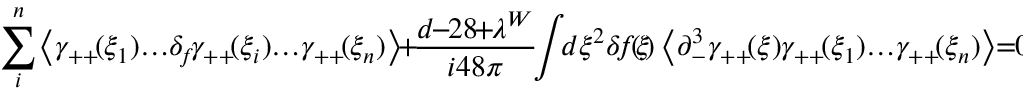
\sum _ { i } ^ { n } \! \left< \gamma _ { + + } \! ( \xi _ { 1 } ) \! \dots \! \delta _ { \! f } \! \gamma _ { + + } \! ( \xi _ { i } ) \! \dots \! \gamma _ { + + } \! ( \xi _ { n } ) \right> \! + \! \frac { d \! \! - \! \! 2 8 \! \! + \! \! \lambda ^ { W } } { i 4 8 \pi } \! \! \int \! \! d \xi ^ { 2 } \! \, \delta \! f \! ( \! \xi \! ) \left< \partial _ { - } ^ { 3 } \gamma _ { + + } \! ( \xi ) \gamma _ { + + } \! ( \xi _ { 1 } ) \! \dots \! \gamma _ { + + } \! ( \xi _ { n } ) \right> \! \! = \! \! 0 .